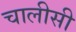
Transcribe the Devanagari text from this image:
चालीसी